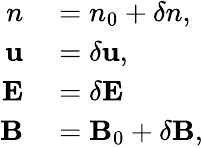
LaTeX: \begin{array}{rl}{n}&{{}=n_{0}+\delta n,}\\ {\mathbf{u}}&{{}=\delta\mathbf{u},}\\ {\mathbf{E}}&{{}=\delta\mathbf{E}}\\ {\mathbf{B}}&{{}=\mathbf{B}_{0}+\delta\mathbf{B},}\end{array}